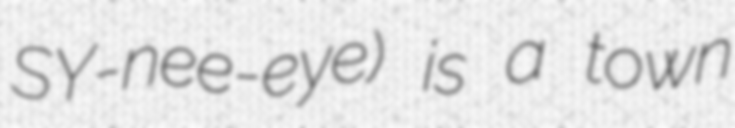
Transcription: SY-nee-eye) is a town